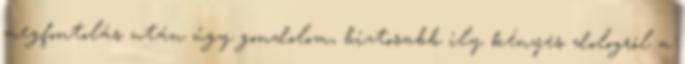
megfontolás után úgy gondolom, biztosabb ily kényes dologról a